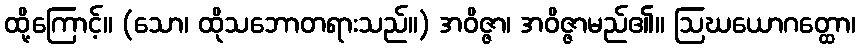
ထို့ကြောင့်။ (သော၊ ထိုသဘောတရားသည်။) အဝိဇ္ဇာ၊ အဝိဇ္ဇာမည်၏။ ဩဃယောဂတ္ထော၊